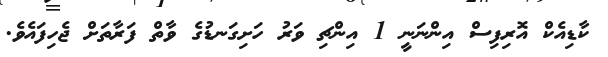
ކާޑިއެކް އޮރިފިސް އިންނަނީ 1 އިންޗި ވަރު ހަށިގަނޑުގެ ވާތް ފަރާތަށް ޖެހިފައެވެ.